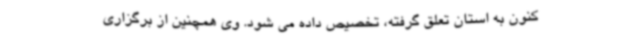
کنون به استان تعلق گرفته، تخصیص داده می شود. وی همچنین از برگزاری